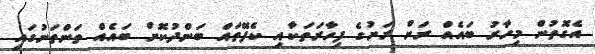
އެގޮތުން މިހާރު ބައެއް ރަށް ރަށުގެ ފިހާރަތަކާއި ކެފޭތައް ބަންދުކޮށް ބައެއް ތަންތަނުގައި